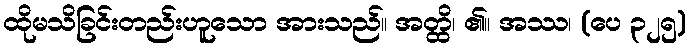
ထိုမသိခြင်းတည်းဟူသော အားသည်။ အတ္ထိ၊ ၏။ အဿ၊ (ပေ ၃၂၅)